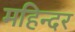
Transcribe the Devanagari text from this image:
महिन्दर